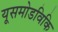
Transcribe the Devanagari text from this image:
यूसमोडविकि